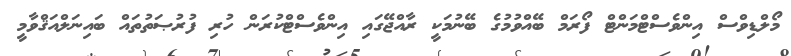
މޯލްޑިވްސް އިންވެސްޓްމަންޓް ފޯރަމް ބޭއްވުމުގެ ބޭނުމަކީ ރާއްޖޭގައި އިންވެސްޓްކުރަން ހުރި ފުރުޞަތުތައް ބައިނަލްއަޤްވާމީ